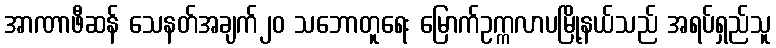
အာဏာဖီဆန် သေနတ်အချက်၂၀ သဘောတူရေး မြောက်ဥက္ကလာပမြို့နယ်သည် အရပ်ရှည်သူ